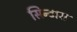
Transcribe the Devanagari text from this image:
सिन्टारा